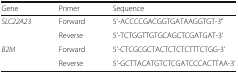
<table><thead><tr><td><b>Gene</b></td><td><b>Primer</b></td><td><b>Sequence</b></td></tr></thead><tbody><tr><td rowspan="2"><i>SLC22A23</i></td><td>Forward</td><td>5’-ACCCCGACGGTGATAAGGTGT-3′</td></tr><tr><td>Reverse</td><td>5’-TCTGGTTGTGCAGCTCGATGAT-3’</td></tr><tr><td rowspan="2"><i>B2M</i></td><td>Forward</td><td>5’-CTCGCGCTACTCTCTCTTTCTGG-3’</td></tr><tr><td>Reverse</td><td>5’-GCTTACATGTCTCGATCCCACTTAA-3’</td></tr></tbody></table>